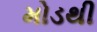
મોડથી